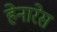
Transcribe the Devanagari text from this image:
हेनारेस